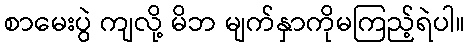
စာမေးပွဲ ကျလို့ မိဘ မျက်နှာကိုမကြည့်ရဲပါ။